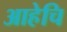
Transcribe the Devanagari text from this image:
आहेचि